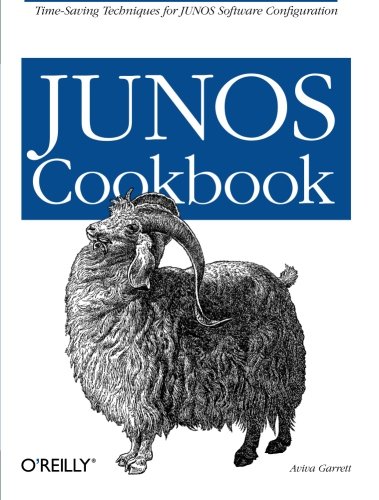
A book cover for JUNOS Cookbook (Cookbooks (O'Reilly)); Aviva Garrett; Computers & Technology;